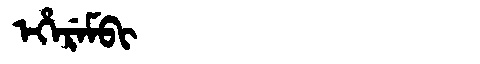
Manchu: ᡝᡥᡝᡵᡝᠮᠪᡳ
Romanization: EHEREMBI